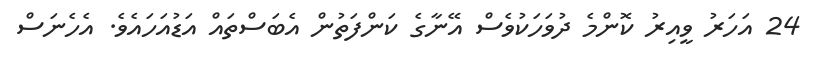
24 އަހަރު ވީއިރު ކޮންމެ ދުވަހަކުވެސް އޭނާގެ ކަންފަތުން އެބަސްތައް އަޑުއަހައެވެ. އެހެނަސް